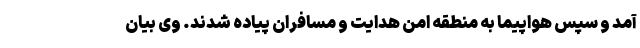
آمد و سپس هواپیما به منطقه امن هدایت و مسافران پیاده شدند. وی بیان